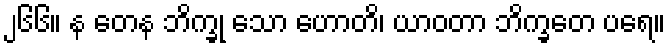
၂၆၆။ န တေန ဘိက္ခု သော ဟောတိ၊ ယာဝတာ ဘိက္ခတေ ပရေ။